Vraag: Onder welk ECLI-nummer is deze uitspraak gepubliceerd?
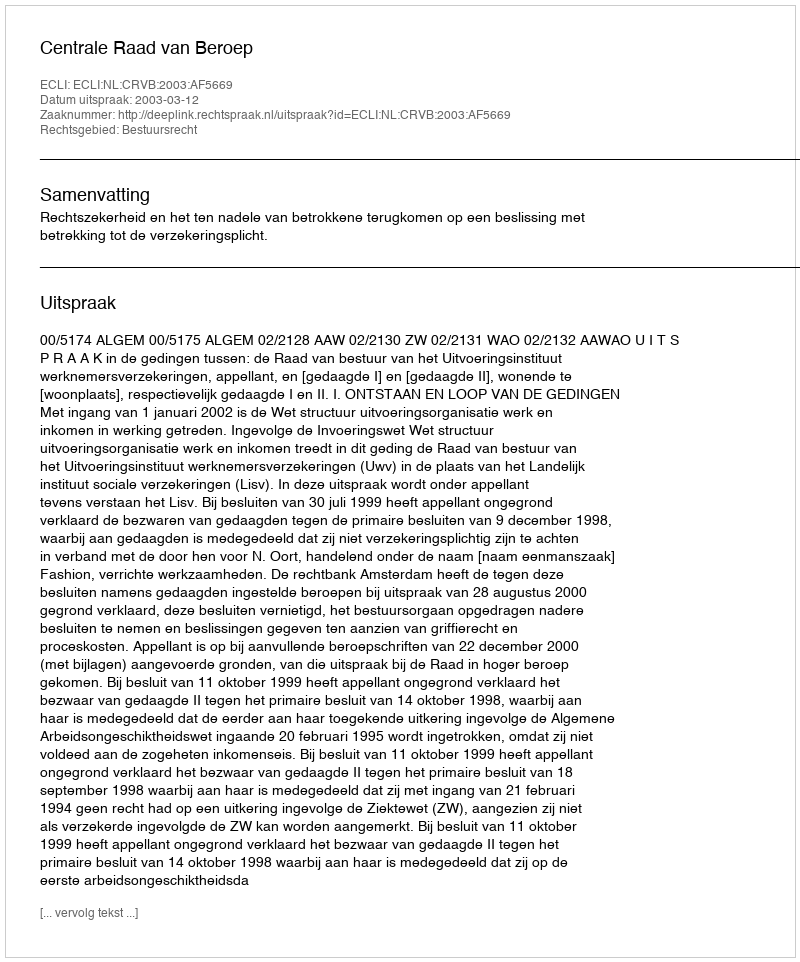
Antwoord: ECLI:NL:CRVB:2003:AF5669